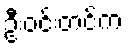
ဦးဝင်းတင်က